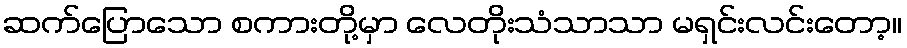
ဆက်ပြောသော စကားတို့မှာ လေတိုးသံသာသာ မရှင်းလင်းတော့။